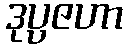
ဒုပ္ပဇဟာ